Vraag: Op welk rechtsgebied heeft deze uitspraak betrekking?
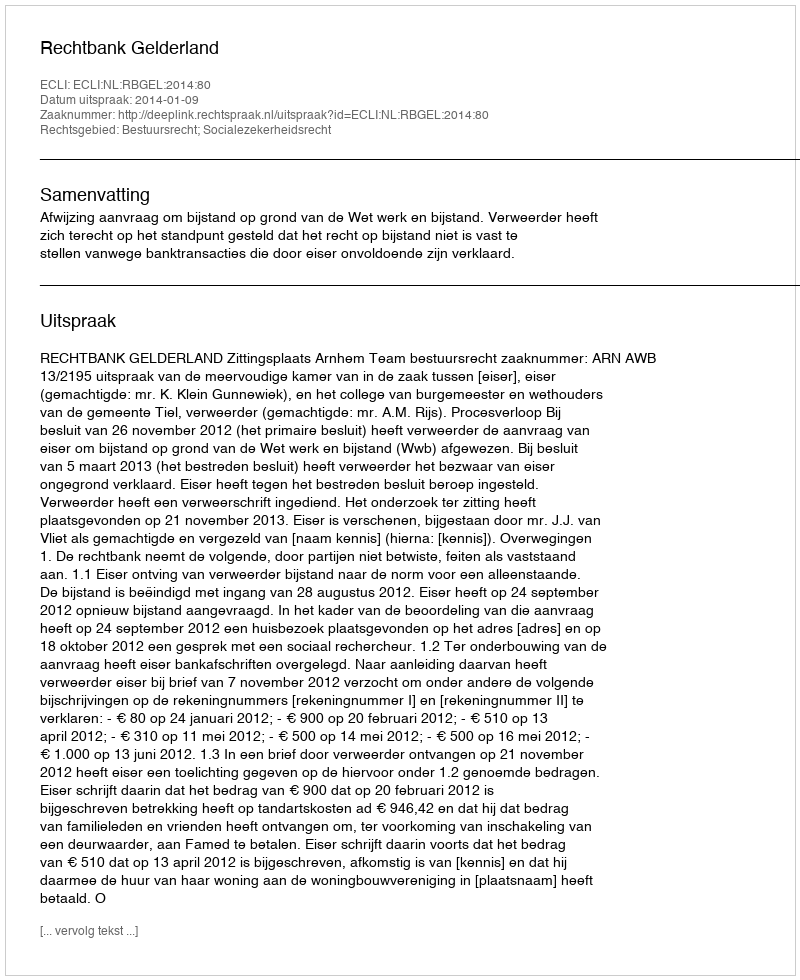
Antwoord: Bestuursrecht; Socialezekerheidsrecht